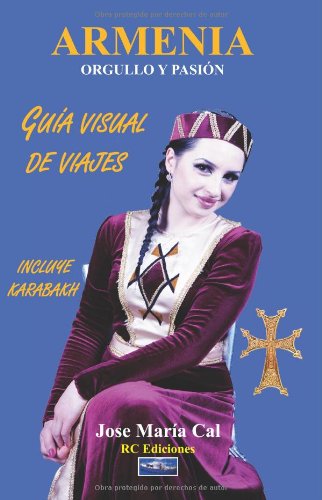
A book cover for Armenia. Orgullo y Pasion.: Guia Visual de Viajes (Spanish Edition); jose maria cal; Travel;